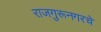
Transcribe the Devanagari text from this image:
राजगुरूनगरचे